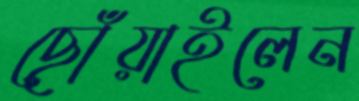
ছোঁয়াইলেন